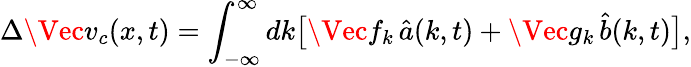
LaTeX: \Delta\Vec{v}_{c}(x,t)=\int_{-\infty}^{\infty}dk\big[\Vec{f}_{k}\, \hat{a}(k,t)+\Vec{g}_{k}\, \hat{b}(k,t)\big],